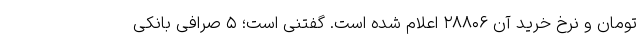
تومان و نرخ خرید آن ۲۸۸۰۶ اعلام شده است. گفتنی است؛ ۵ صرافی بانکی